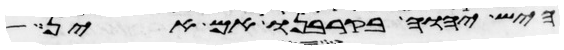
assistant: היש יהוה בקרבנו אם אין